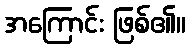
အကြောင်း ဖြစ်၏။